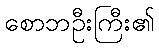
စောဘဦးကြီး၏